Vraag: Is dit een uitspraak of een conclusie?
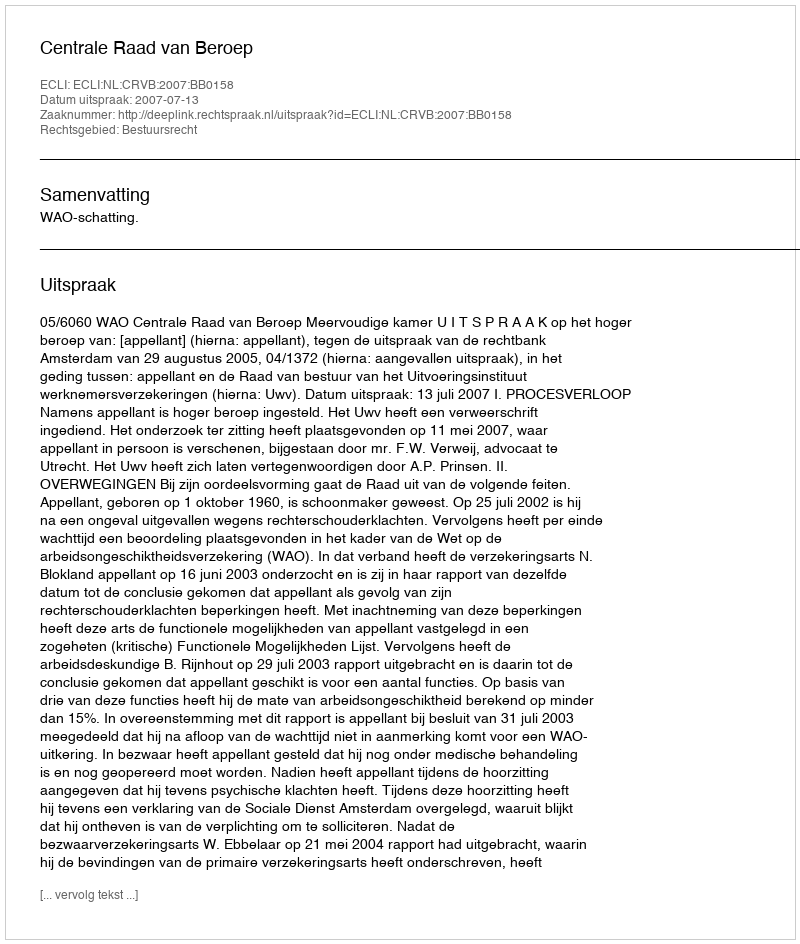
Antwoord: Uitspraak